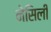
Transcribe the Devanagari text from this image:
नेसिली